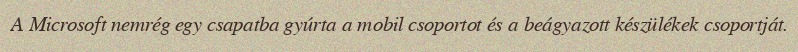
A Microsoft nemrég egy csapatba gyúrta a mobil csoportot és a beágyazott készülékek csoportját.